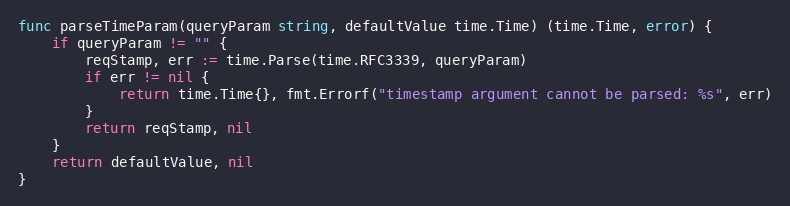
Language: Go
func parseTimeParam(queryParam string, defaultValue time.Time) (time.Time, error) {
	if queryParam != "" {
		reqStamp, err := time.Parse(time.RFC3339, queryParam)
		if err != nil {
			return time.Time{}, fmt.Errorf("timestamp argument cannot be parsed: %s", err)
		}
		return reqStamp, nil
	}
	return defaultValue, nil
}